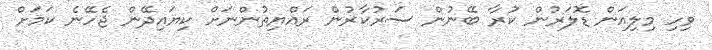
ވިހި މިލިއަން ޑޮލަރުން ކުރާ ބޭނުން ސަރުކާރުން ރައްޔިތުންނަށް ކިޔައިދޭން ޖެހޭނެ ކަމަށް